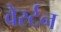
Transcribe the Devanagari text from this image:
वेर्स्‍टन